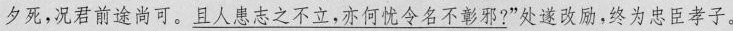
夕死，况君前途尚可。\underline{且人患志之不立，亦何忧令名不彰邪?}”处遂改励，终为忠臣孝子。